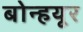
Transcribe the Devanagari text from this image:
बोन्हयूर